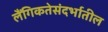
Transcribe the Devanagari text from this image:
लैंगिकतेसंदर्भातील